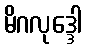
မိဂလုဒ္ဒေါ